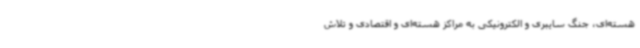
هسته‌ای، جنگ سایبری و الکترونیکی به مراکز هسته‌ای و اقتصادی و تلاش